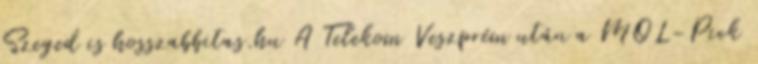
Szeged is hosszabbitas.hu A Telekom Veszprém után a MOL-Pick